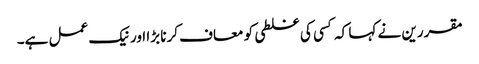
مقررین نے کہا کہ کسی کی غلطی کو معاف کرنا بڑا اور نیک عمل ہے۔